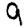
Digit: 9